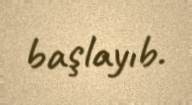
başlayıb.